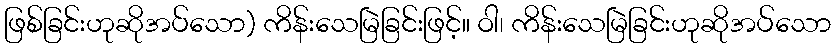
ဖြစ်ခြင်းဟုဆိုအပ်သော) ကိန်းသေမြဲခြင်းဖြင့်။ ဝါ၊ ကိန်းသေမြဲခြင်းဟုဆိုအပ်သော